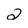
Character: 2